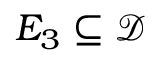
E _ { 3 } \subseteq { \mathcal { D } }